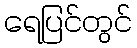
ရေပြင်တွင်